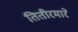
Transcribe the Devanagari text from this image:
तितीरमारे